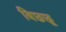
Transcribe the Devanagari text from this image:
बिछ्छू